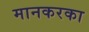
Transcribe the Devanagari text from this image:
मानकरका